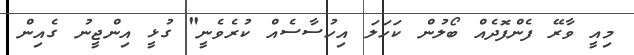
މިއީ ވާރޭ ފެންފޮދެއް ބޯލުން ކަހަލަ އިހުސާސެއް ކުރެވެނީ" ގުޅީ އިންޖީނު ގެއިން